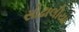
સોઢાલીયા